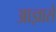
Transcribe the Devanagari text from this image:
आज्ञासे